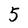
Character: 5